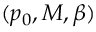
( p _ { 0 } , M , \beta )